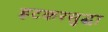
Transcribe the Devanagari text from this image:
हटकरसुद्धा